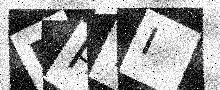
Text: RP7I